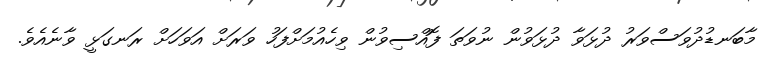
މާބަނޑުދުވަސްވަރު ދުޅަވާ ދުޅަވުން ނުވަތަ ފޮއްސިވުން ވިހެއުމަށްފަހު ވަރަށް އަވަހަށް ރަނގަޅީ ވާނެއެވެ.